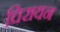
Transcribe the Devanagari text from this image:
चिरायन